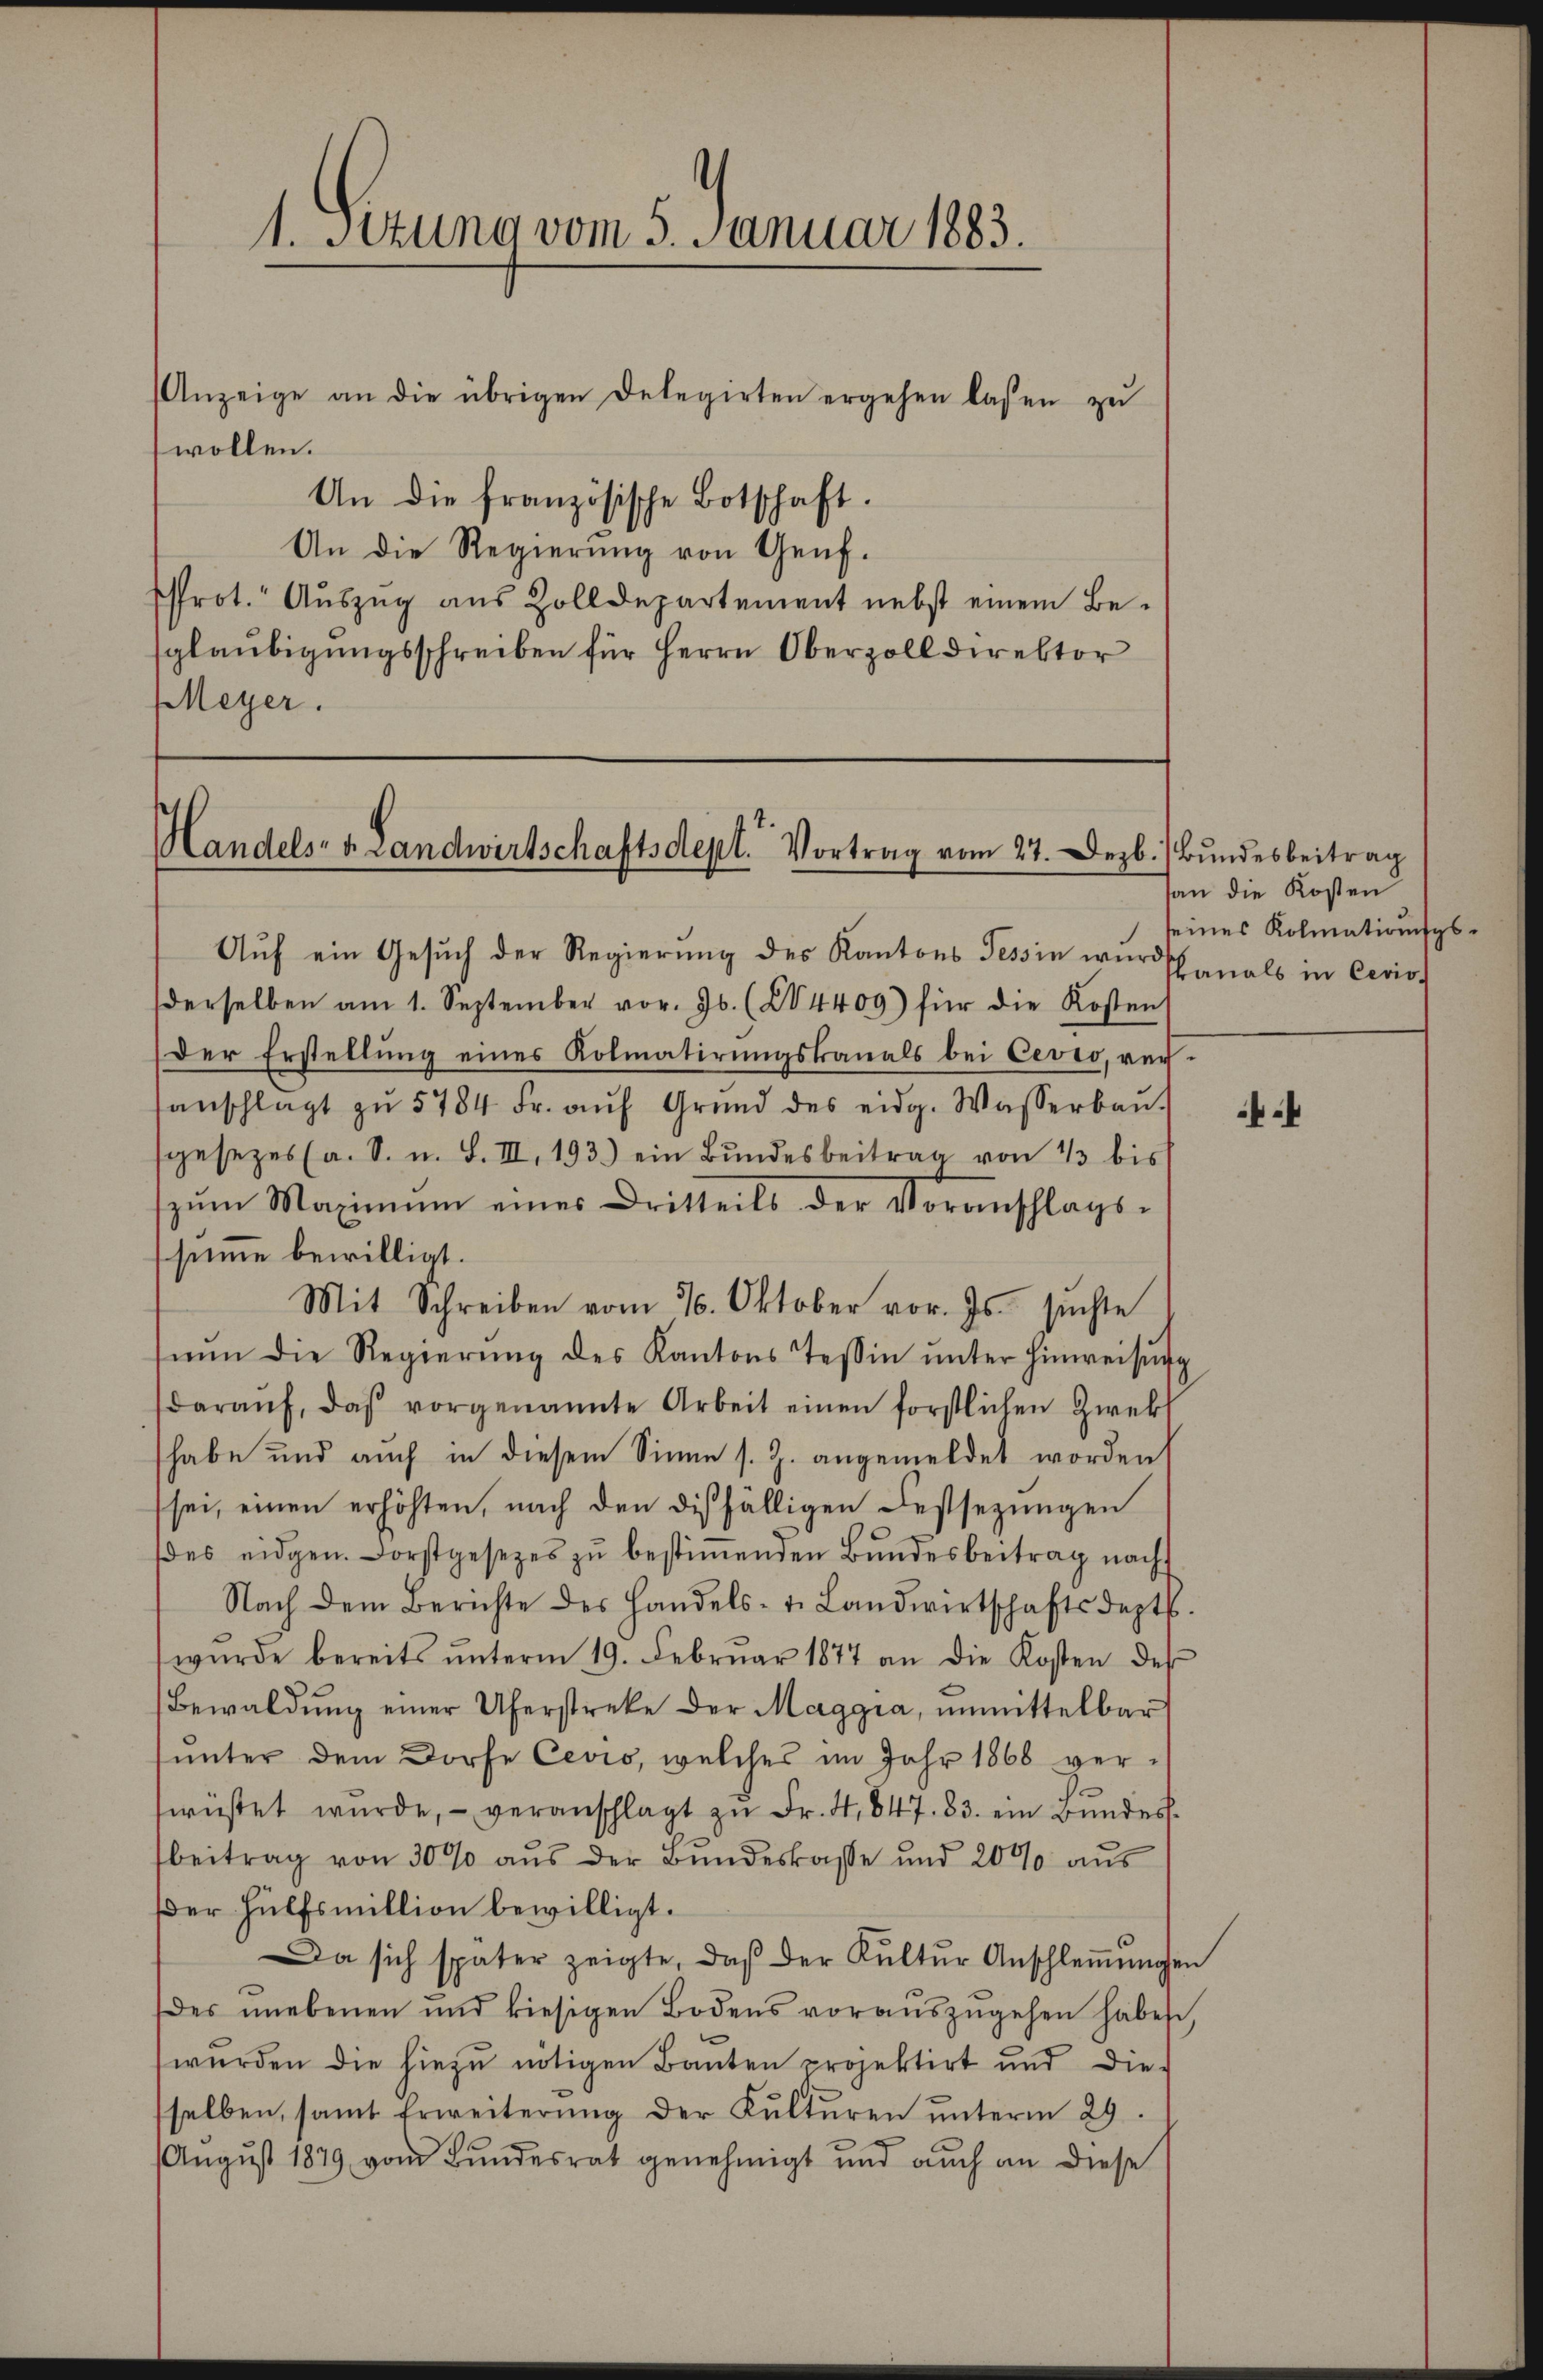
Anzeige an die übrigen Delegirten ergehen lassen zŭ
wollen.
An die französische Botschaft.
An die Regierung von Genf.
rot. Auszug aus Zolldepartement nebst einem Be-
glaubigungsschreiben für Herrn Oberzolldirektor
Meyer.

1. Setung vom 5. Januar 1883.

Handels- u. Landwirtschaftsdept. Vortrag vom 27. Dezb. Bundesbeitrag

Auf ein Gesuch der Regierung des Kantons Tessin wurdscanals in Ceris
derselben am 1. September vor. Js. (24409) für die Kosten
Der Erstellung eines Kolmatirungskanals bei Cevio, veranschlagt zŭ 5784 Fr. aŭf Grŭnd des eidg. Wasserbaŭ.
sgesezes (a. S. u. S. III. 193.) ein Bŭndesbeitrag von 13 bis
zŭm Maximum eines Dritteils der Voranschlags-
ssumme bewilligt.
Mit Schreiben vom 26. Oktober vor. Js. suchte
nŭn die Regierŭng des Kantons Tessin ŭnter hinweisŭng
daraŭf, daβ vorgenannte Arbeit einen forstlichen Zwekl
habe und auch in diesem Sinne s. Z. angemeldet worden
sei, einen erhöhten, nach den diesfälligen Festsezungen
des eidgen. Forstgesetzes zu bestiṁenden Bundesbeitrag nach
Nach dem Berichte des Handels- u. Landwirtschaftsdeptb.
wŭrde bereits ŭnterm 19. Febrŭar 1877 an die Kosten des
Bewaldŭng einer Uferstreke der Maggia, ŭnmittelbar
ŭnter dem Dorfe Cevio, welches im Jahr 1868 ver-
wüstet wurde, - veranschlagt zu Fr. 4,847. 83. ein Bundesbeitrag von 30% aŭs der Bŭndeskasse und 2000 aŭs
Der Hülfsmillion bewilligt.
Da sich später zeigte, daβ der Kultŭr Anschleṁŭngen
der unebenen und hiesigen Bodens voraŭszŭgehen haben,
wŭrden die hiezŭ nötigen Bauten projektirt und die-
selben, samt Erweiterŭng der Kulturen ŭnterm 29.
August 1879 vom Bundesrat genehmigt und auch an diese

an die Kosten
seines Kolmations¬